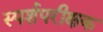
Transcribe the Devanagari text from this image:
स्पर्शपरीक्षक